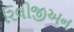
રિલીજીઅન